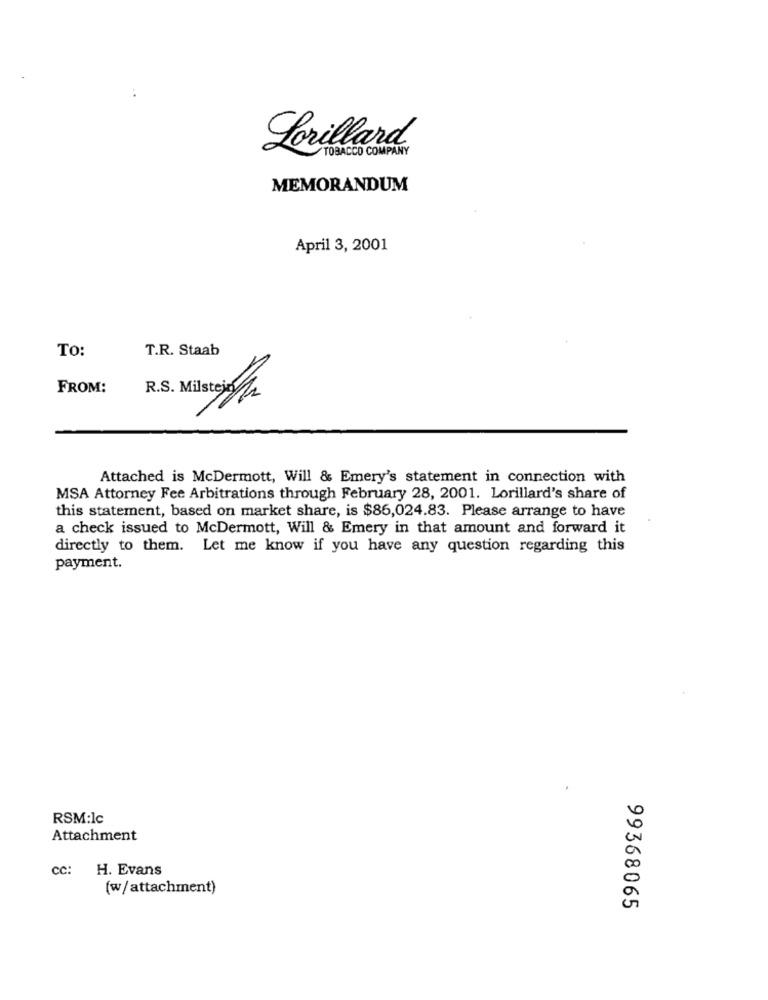
Lorillard
TOBACCO COMPANY
MEMORANDUM
April 3, 2001
To:
T.R. Staab
FROM:
R.S. Milstesa
Attached is McDermott, Will & Emery's statement in connection with
MSA Attorney Fee Arbitrations through February 28, 2001. Lorillard's share of
this statement, based on market share, is $86,024.83. Please arrange to have
a check issued to McDermott, Will & Emery in that amount and forward it
directly to them. Let me know if you have any question regarding this
payment.
RSM:Ic
Attachment
cc: H. Evans
(w/attachment)
99368065